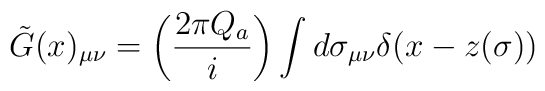
\tilde{G}(x)_{\mu\nu}=\left(\frac{2\pi Q_a}{i}\right)\int d\sigma_{\mu\nu}\delta (x-z(\sigma ))